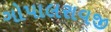
ગોપાલરાવજી